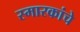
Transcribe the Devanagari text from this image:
स्मारकांचे